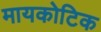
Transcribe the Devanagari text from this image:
मायकोटिक